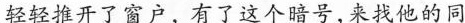
轻轻推开了窗户，有了这个暗号，来找他的同